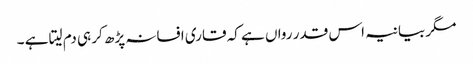
مگر بیانیہ اس قدر رواں ہے کہ قاری افسانہ پڑھ کر ہی دم لیتا ہے ۔